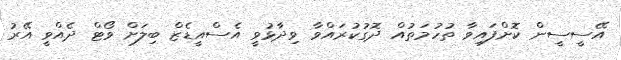
އޭސީސީން ކޮށްފައިވާ ތުހުމަތުއް ދޮގުކުރައްވާ ވިދާޅުވީ އެސްއީޑެޒް ބިލަށް ވޯޓް ދެއްވީ އޭޭރު